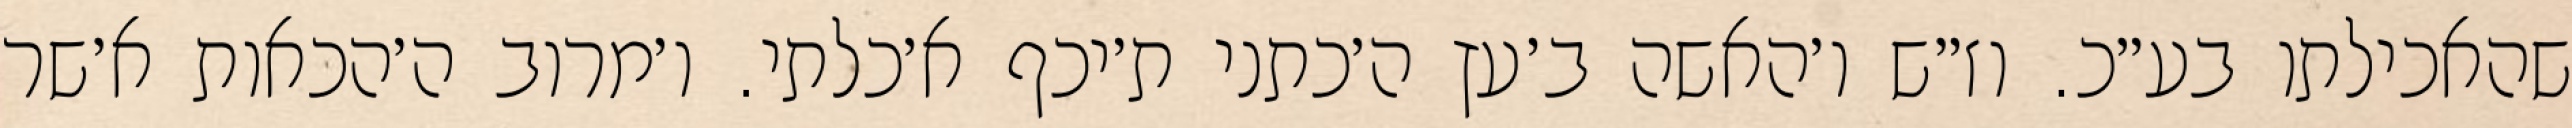
שהאכילתו בע״כ. וז״ש ו׳האשה ב׳עץ ה׳כתני ת׳יכף א׳כלתי. ו׳מרוב ה׳הכאות א׳שר